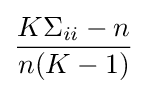
{\frac {K\Sigma _{ii}-n}{n(K-1)}}